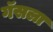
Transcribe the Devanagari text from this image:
गॅसला